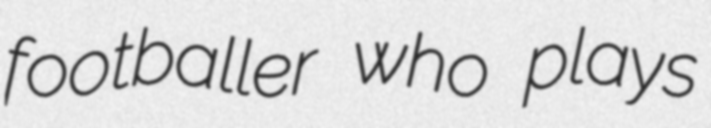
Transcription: footballer who plays